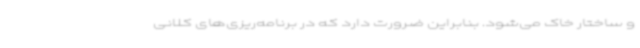
و ساختار خاک می‌شود. بنابراین ضرورت دارد که در برنامه‌ریزی‌های کلانی